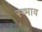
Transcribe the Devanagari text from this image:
स्व्भाव